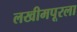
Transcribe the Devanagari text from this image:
लखीमपूरला